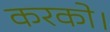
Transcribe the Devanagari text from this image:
करको।